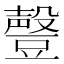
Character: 𰶟